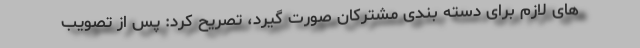
های لازم برای دسته بندی مشترکان صورت گیرد، تصریح کرد: پس از تصویب